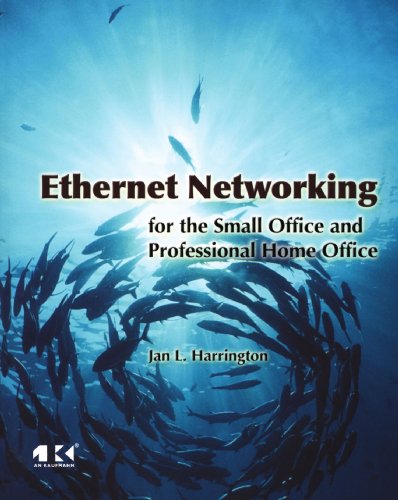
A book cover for Ethernet Networking for the Small Office and Professional Home Office; Jan L. Harrington; Computers & Technology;